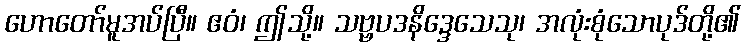
ဟောတော်မူအပ်ပြီ။ ဧဝံ၊ ဤသို့။ သဗ္ဗပဒနိဒ္ဒေသေသု၊ အလုံးစုံသောပုဒ်တို့၏